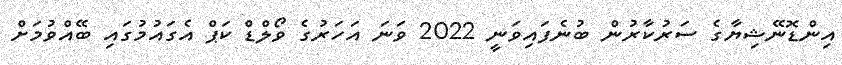
އިންޑޮނޭޝިޔާގެ ސަރުކާރުން ބުނެފައިވަނީ 2022 ވަނަ އަހަރުގެ ވޯލްޑް ކަޕް އެގައުމުގައި ބޭއްވުމަށް